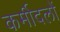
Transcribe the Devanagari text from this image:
कर्मीदलों